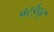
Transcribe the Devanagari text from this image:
बरईपुर